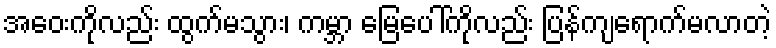
အဝေးကိုလည်း ထွက်မသွား၊ ကမ္ဘာ မြေပေါ်ကိုလည်း ပြန်ကျရောက်မလာတဲ့